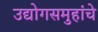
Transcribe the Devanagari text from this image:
उद्योगसमुहांचे